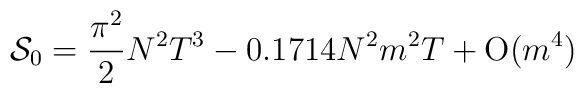
{\cal S}_0= \frac{\pi^2}{2} N^2 T^3 -0.1714 N^2 m^2 T + {\rm O}(m^4)\